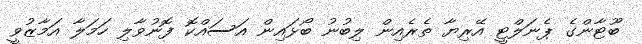
ބޫޓާންގެ ޕެނަލްޓީ އޭރިޔާ ތެރެއިން ލިބުނު ބޯޅައިން އަސައްކޮ ފޮނުވާލި ހަމަލާ އަމާޒުވީ